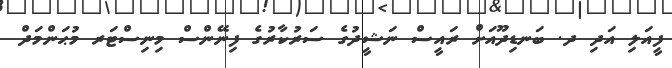
ފީއަލި އަދި ދ. ބަނޑިދޫއަށް ރައީސް ނަޝީދުގެ ސަރުކާރުގެ ފިނޭންސް މިނިސްޓަރ މުޙަންމަދް